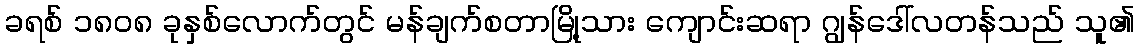
ခရစ် ၁၈၀၈ ခုနှစ်လောက်တွင် မန်ချက်စတာမြို့သား ကျောင်းဆရာ ဂျွန်ဒေါ်လတန်သည် သူ၏